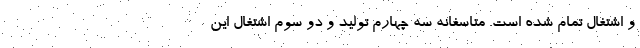
و اشتغال تمام شده است. متاسفانه سه چهارم تولید و دو سوم اشتغال این